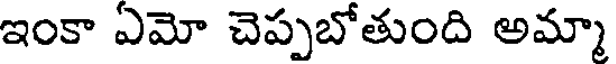
ఇంకా ఏమో చెప్పబోతుంది అమ్మా